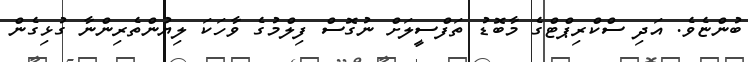
ބުންޏެވެ. އަދި ސްކްރިޕްޓްގެ މާބޮޑު ތަފްސީލަށް ނުގޮސް ފިލްމުގެ ވާހަކަ ލިޔުންތެރިންނާ ގުޅިގެން